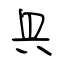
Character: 具